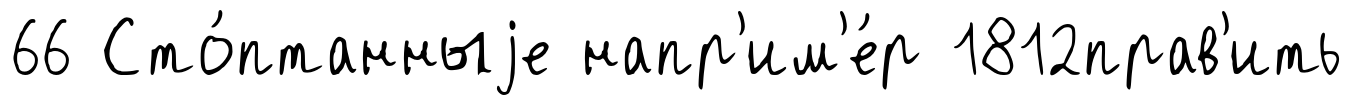
66 Сто́птанныjе напр'им'е́р 1812прав'ить